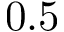
0 . 5